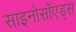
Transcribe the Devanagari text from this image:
साइनोसॉएड्स